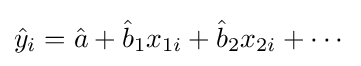
{\hat {y}}_{i}={\hat {a}}+{\hat {b}}_{1}x_{1i}+{\hat {b}}_{2}x_{2i}+\cdots